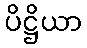
ပိဋ္ဌိယာ